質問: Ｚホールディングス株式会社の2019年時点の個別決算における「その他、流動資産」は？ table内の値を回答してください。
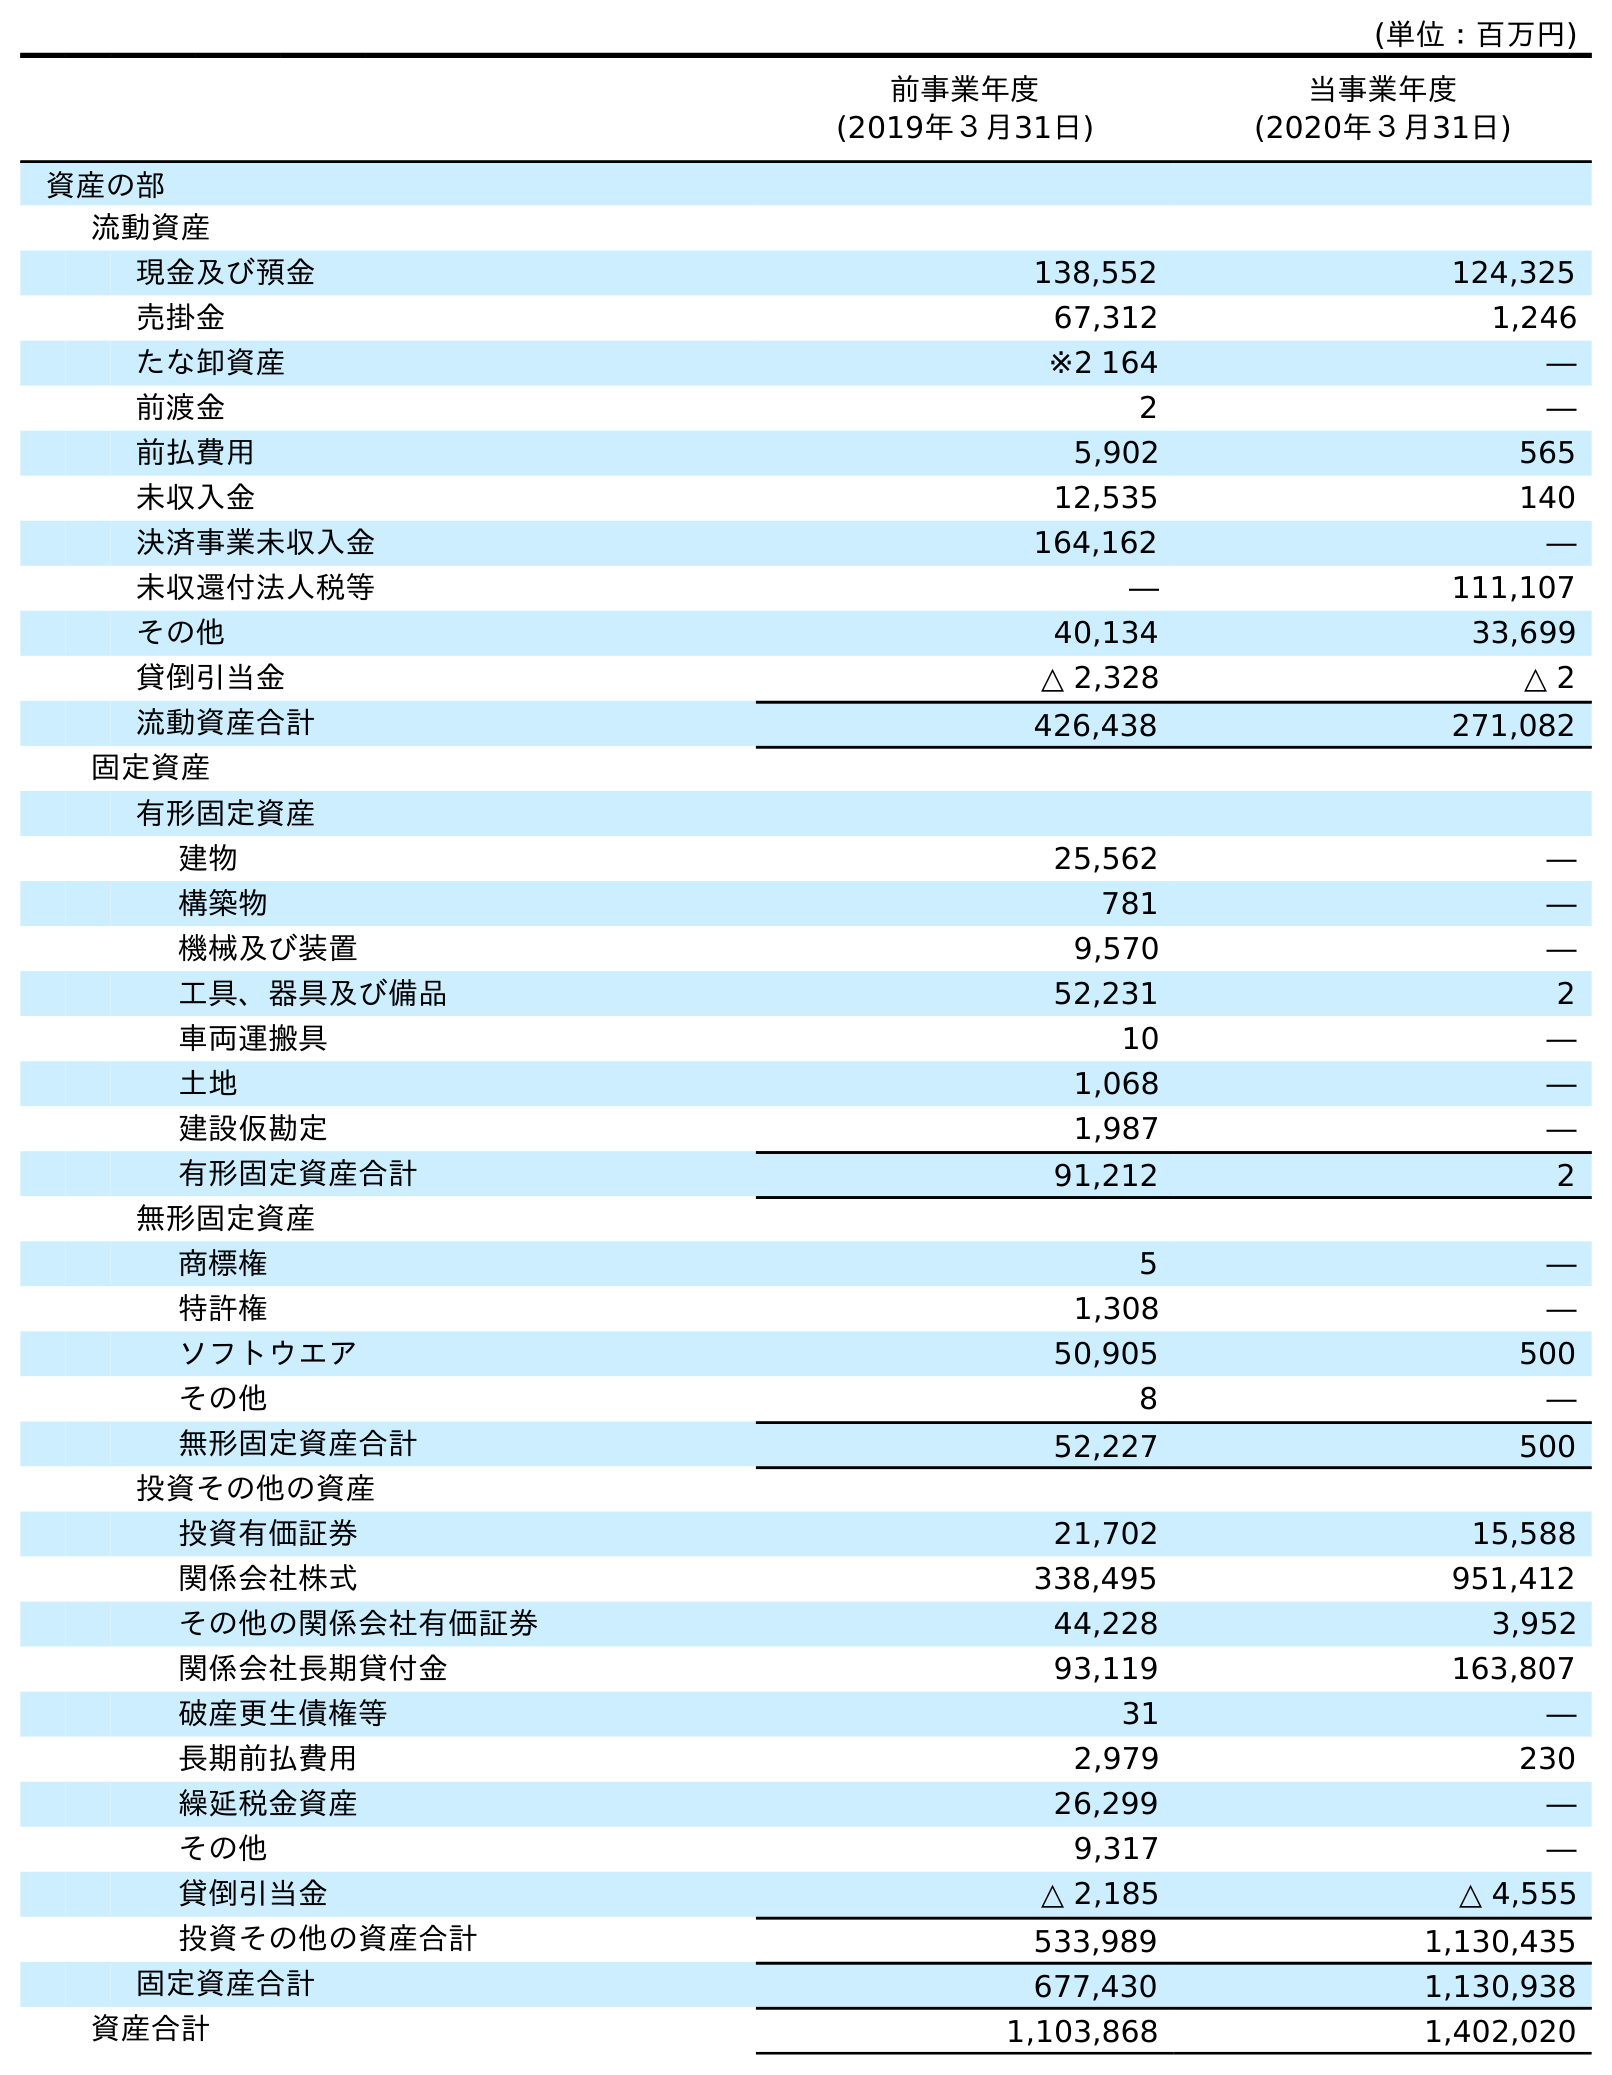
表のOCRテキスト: (単位：百万円) 前事業年度 (2019年３月31日) 当事業年度 (2020年３月31日) 資産の部 流動資産 現金及び預金 138,552 124,325 売掛金 67,312 1,246 たな卸資産 ※2 164 ― 前渡金 2 ― 前払費用 5,902 565 未収入金 12,535 140 決済事業未収入金 164,162 ― 未収還付法人税等 ― 111,107 その他 40,134 33,699 貸倒引当金 △ 2,328 △ 2 流動資産合計 426,438 271,082 固定資産 有形固定資産 建物 25,562 ― 構築物 781 ― 機械及び装置 9,570 ― 工具、器具及び備品 52,231 2 車両運搬具 10 ― 土地 1,068 ― 建設仮勘定 1,987 ― 有形固定資産合計 91,212 2 無形固定資産 商標権 5 ― 特許権 1,308 ― ソフトウエア 50,905 500 その他 8 ― 無形固定資産合計 52,227 500 投資その他の資産 投資有価証券 21,702 15,588 関係会社株式 338,495 951,412 その他の関係会社有価証券 44,228 3,952 関係会社長期貸付金 93,119 163,807 破産更生債権等 31 ― 長期前払費用 2,979 230 繰延税金資産 26,299 ― その他 9,317 ― 貸倒引当金 △ 2,185 △ 4,555 投資その他の資産合計 533,989 1,130,435 固定資産合計 677,430 1,130,938 資産合計 1,103,868 1,402,020
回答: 40,134